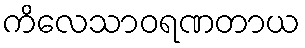
ကိလေသာဝရဏတာယ